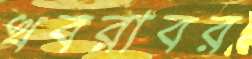
খবরাবর